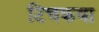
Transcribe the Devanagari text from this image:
टिचकवा